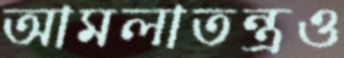
আমলাতন্ত্রও